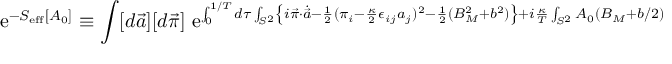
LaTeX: \mathrm { ~ e } ^ { - S _ { \mathrm { e f f } } [ A _ { 0 } ] } \equiv \int [ d \vec { a } ] [ d \vec { \pi } ] \mathrm { ~ e } ^ { \int _ { 0 } ^ { 1 / T } d \tau \int _ { S ^ { 2 } } \left\{ i \vec { \pi } \cdot \dot { \vec { a } } - \frac { 1 } { 2 } ( \pi _ { i } - \frac { \kappa } { 2 } \epsilon _ { i j } a _ { j } ) ^ { 2 } - \frac { 1 } { 2 } ( B _ { M } ^ { 2 } + b ^ { 2 } ) \right\} + i \frac { \kappa } { T } \int _ { S ^ { 2 } } A _ { 0 } \left( B _ { M } + b / 2 \right) }